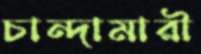
চান্দামারী